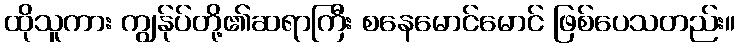
ထိုသူကား ကျွန်ုပ်တို့၏ဆရာကြီး စနေမောင်မောင် ဖြစ်ပေသတည်း။